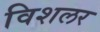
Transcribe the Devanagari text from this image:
विशलर